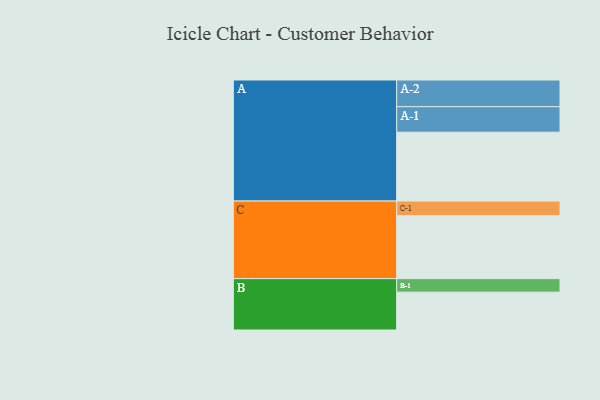
{"axis": {"x": "Segment", "y": "Value"}, "legend": ["", "A", "B", "C"], "data": [{"x": "A", "y": 575, "type": ""}, {"x": "B", "y": 316, "type": ""}, {"x": "C", "y": 526, "type": ""}, {"x": "A-1", "y": 213, "type": "A"}, {"x": "A-2", "y": 223, "type": "A"}, {"x": "B-1", "y": 113, "type": "B"}, {"x": "C-1", "y": 122, "type": "C"}]}